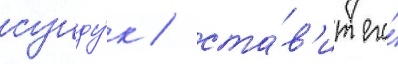
сунду́к / ста́в'ит его́